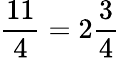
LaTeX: {\frac{11}{4}}=2{\frac{3}{4}}